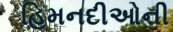
હિમનદીઓની